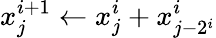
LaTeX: x_{j}^{i+1}\gets x_{j}^{i}+x_{j-2^{i}}^{i}